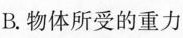
B.物体所受的重力